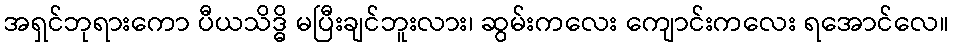
အရှင်ဘုရားကော ပီယသိဒ္ဓိ မပြီးချင်ဘူးလား၊ ဆွမ်းကလေး ကျောင်းကလေး ရအောင်လေ။